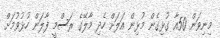
މިނިވަން 50އާ ގުޅިގެން މުޅިން އަލަށް ހެދި މާލޭގެ ރަސްމީ ފާލަން ހުޅުވުމަށް